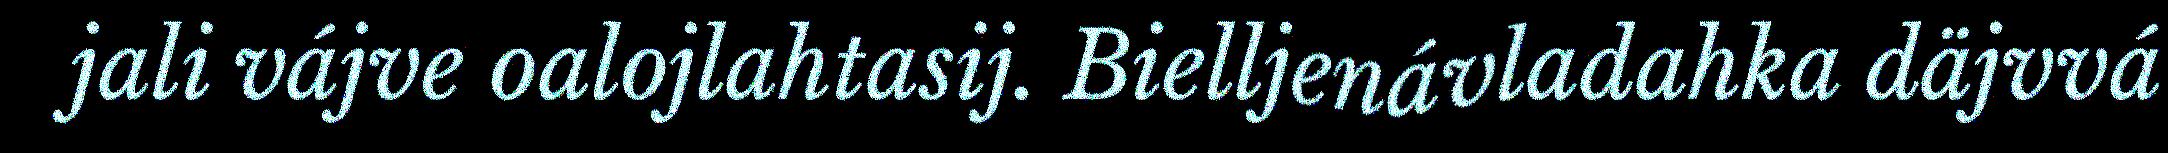
jali vájve oalojlahtasij. Bielljenávladahka däjvvá